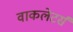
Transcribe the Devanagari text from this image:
वाकलेटर्स